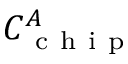
C _ { \mathrm { ~ c ~ h ~ i ~ p ~ } } ^ { A }